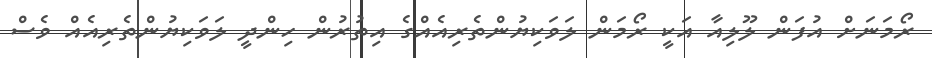
ރޯމަނަށް އުފަން ލޫލިއާ އަކީ ރޯމަން ލަވަކިޔުންތެރިއެއްގެ އިތުރުން ހިންދީ ލަވަކިޔުންތެރިއެއް ވެސް